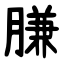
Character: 膁